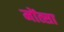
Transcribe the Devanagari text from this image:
मोंत्सा